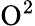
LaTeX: \mathrm{O}^{2}